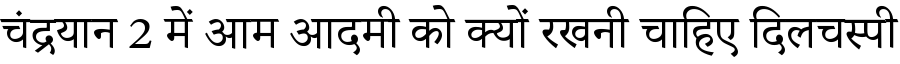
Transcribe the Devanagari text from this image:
चंद्रयान 2 में आम आदमी को क्यों रखनी चाहिए दिलचस्पी